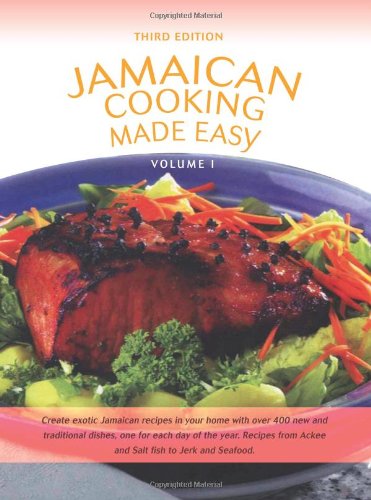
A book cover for Jamaican Cooking Made Easy: Volume I; GetJamaica.Com; Cookbooks, Food & Wine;